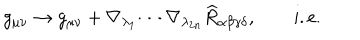
g _ { \mu \nu } \rightarrow g _ { \mu \nu } + \nabla _ { \lambda _ { 1 } } \cdots \nabla _ { \lambda _ { 2 n } } \widehat { R } _ { \alpha \beta \gamma \delta } , \qquad \mathrm { i . e . }